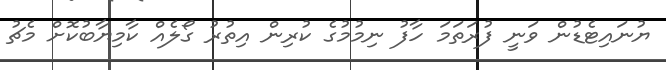
ޔުނައިޓެޑުން ވަނީ ފުރަތަމަ ހާފު ނިމުމުގެ ކުރިން އިތުރު ގޯލެއް ކާމިޔާބުކޮށް މެޗު